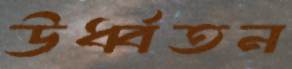
উর্ধ্বতন